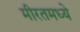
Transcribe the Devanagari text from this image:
मीरतमध्ये